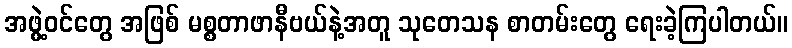
အဖွဲ့ဝင်တွေ အဖြစ် မစ္စတာဖာနီဗယ်နဲ့အတူ သုတေသန စာတမ်းတွေ ရေးခဲ့ကြပါတယ်။